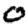
Digit: 0